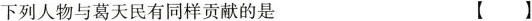
下列人物与葛天民有同样贡献的是 （）